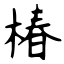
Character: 椿